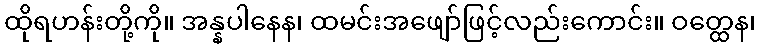
ထိုရဟန်းတို့ကို။ အန္နပါနေန၊ ထမင်းအဖျော်ဖြင့်လည်းကောင်း။ ဝတ္ထေန၊